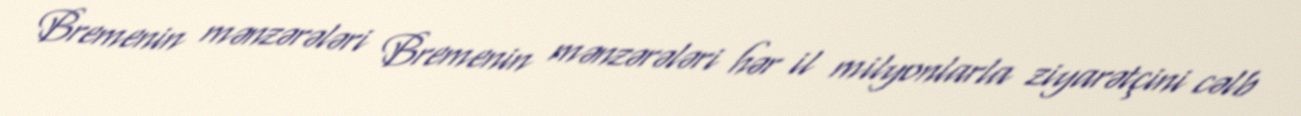
Bremenin mənzərələri Bremenin mənzərələri hər il milyonlarla ziyarətçini cəlb